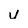
Character: u